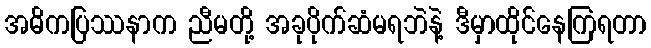
အဓိကပြဿနာက ညီမတို့ အခုပိုက်ဆံမရဘဲနဲ့ ဒီမှာထိုင်နေကြရတာ